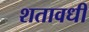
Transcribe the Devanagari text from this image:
शतावधी